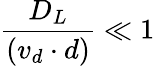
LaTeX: \frac{D_{L}}{(v_{d}\cdot d)}\ll 1